Annual vaccination report of Bihar and Orissa - 1911-1928
Year: 1911
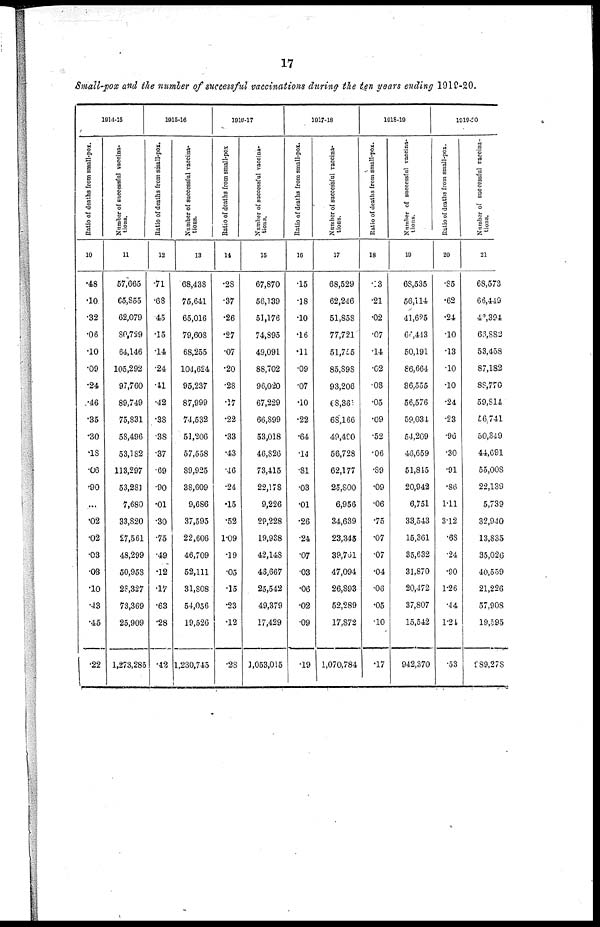
17
Small-pox and the number of successful vaccinations during the ten years ending 1919-20.
1914-15
Ratio of deaths from small-pox.
10
.48
.10
.32
.06
.10
.09
.24
.46
.35
.30
.18
.06
.90
...
.02
.02
.03
.03
.10
.43
.45
.22
Number of successful vaccina-
tions.
11
57,665
65,855
62,079
80,729
64,146
105,292
97,760
89,749
75,831
58,496
53,182
113,297
53,281
7,680
33,820
27,561
48,299
50,958
29,327
73,369
25,909
1,273,285
1915-16
Ratio of deaths from small-pox.
12
.71
.68
.45
.15
.14
.24
.41
.42
.38
.38
.37
.69
.90
.01
.30
.75
.49
.12
.17
.63
.28
.42
Number of successful vaccina-
tions.
13
68,438
75,641
65,016
79,608
68,255
104,624
95,237
87,999
74,532
51,206
57,558
89,925
38,609
9,686
37,595
22,606
46,709
52,111
31,808
54,056
19,526
1,230,745
1916-17
Ratio of deaths from small-pox
14
.28
.37
.26
.27
.07
.20
.28
.17
.22
.33
.43
.16
.24
.15
.52
1.09
.19
.05
.15
.23
.12
.28
Number of successful vaccina-
tions.
15
67,870
56,139
51,176
74,895
49,091
88,702
96,020
67,229
66,899
53,018
46,826
73,415
22,178
9,226
29,228
19,938
42,148
48,667
25,542
49,379
17,429
1,053,015
1917-18
Ratio of deaths from small-pox.
16
.15
.18
.10
.16
.11
.09
.07
.10
.22
.64
.14
.81
.03
.01
.26
.24
.07
.03
.06
.02
.09
.19
Number of successful vaccina-
tions.
17
68,529
62,246
51,858
77,721
51,755
85,898
93,206
68,361
68,166
49,490
56,728
62,177
25,800
6,956
34,639
23,345
39,761
47,094
26,893
52,289
17,872
1,070,784
1918-19
Ratio of deaths from small-pox.
18
.13
.21
.02
.07
.14
.02
.08
.05
.09
.52
.06
.89
.09
.06
.75
.07
.07
.04
.06
.05
.10
.17
Number of successful vaccina-
tions.
19
68,535
56,114
41,625
66,443
50,191
86,664
86,555
56,576
59,034
54,209
46,659
51,845
20,942
6,751
33,543
15,361
35,632
31,870
20,472
37,807
15,542
942,370
1919-20
Ratio of deaths from small-pox.
20
.85
.62
.24
.10
.13
.10
.10
.24
.23
.96
.30
.91
.86
1.11
3.12
.68
.24
.90
1.26
.44
1.24
.53
Number of successful vaccina-
tions.
21
68,573
66,449
42,394
66,882
53,458
87,182
88,770
59,814
56,741
50,349
44,691
55,008
22,139
5,739
32,940
13,835
35,026
40,559
21,226
57,908
19,595
989,278